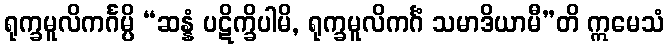
ရုက္ခမူလိကင်္ဂမ္ပိ “ဆန္နံ ပဋိက္ခိပါမိ, ရုက္ခမူလိကင်္ဂံ သမာဒိယာမီ”တိ ဣမေသံ